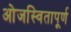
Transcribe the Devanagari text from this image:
ओजस्वितापूर्ण